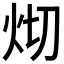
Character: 𤆻